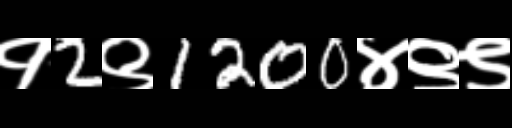
Text: १2९1200४९९